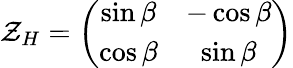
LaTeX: {\cal Z}_{H}=\left(\begin{array}{cc}{{\sin\beta}}&{{-\cos\beta}}\\ {{\cos\beta}}&{{\sin\beta}}\end{array}\right)